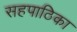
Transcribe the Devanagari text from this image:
सहपाठिका